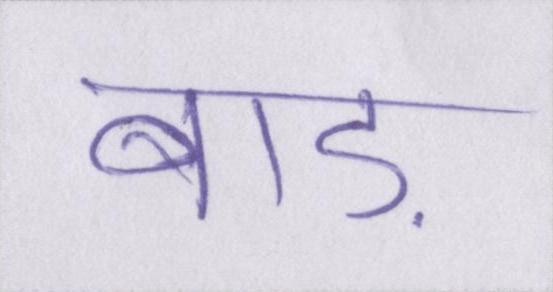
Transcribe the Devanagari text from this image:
बाड़